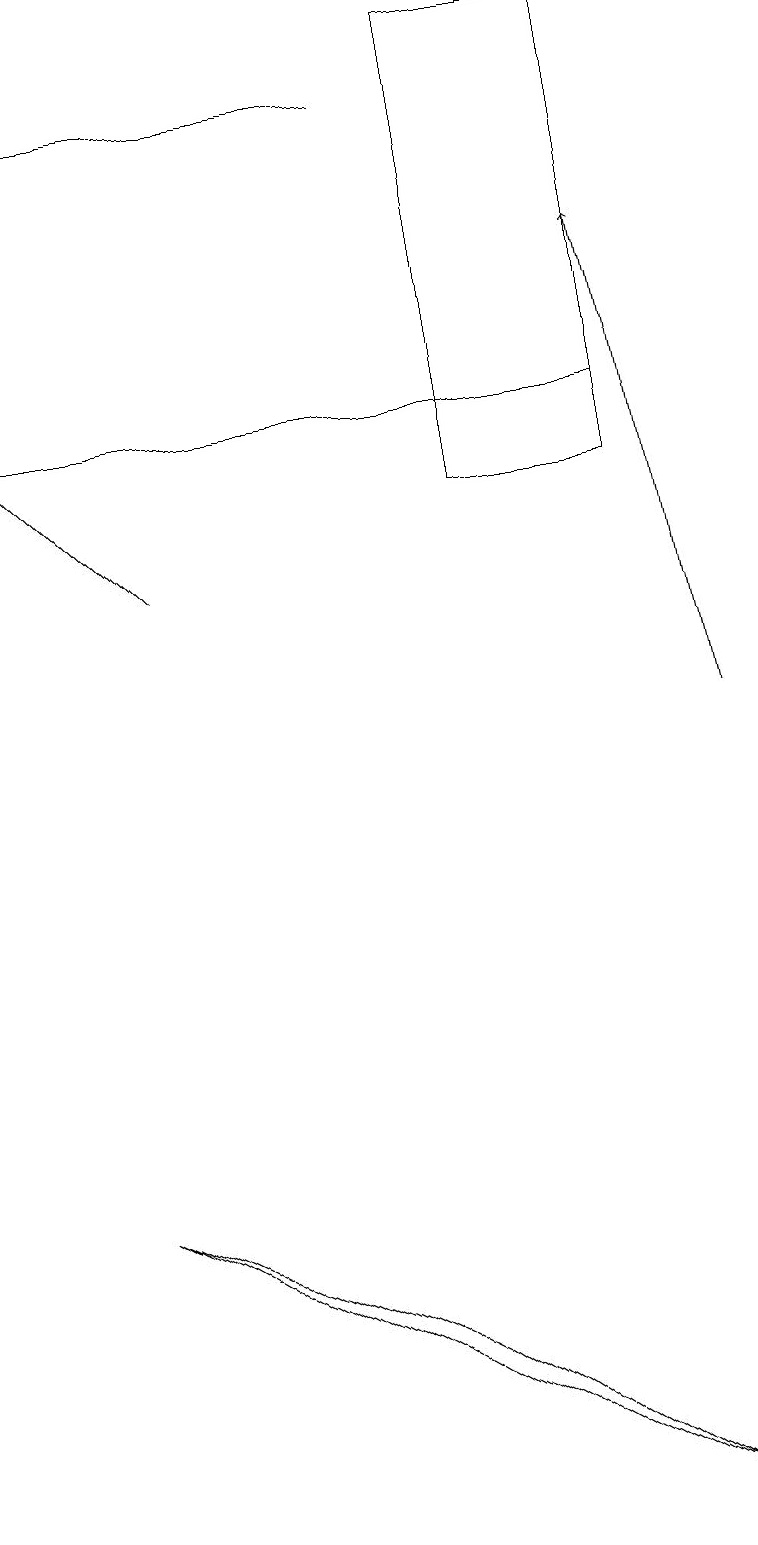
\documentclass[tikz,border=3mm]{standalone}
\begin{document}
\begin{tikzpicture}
\draw (8,14) rectangle (0,14);
\draw (8,0) -- (5,2) -- (1,4) -- cycle;
\draw (6,13) rectangle (8,19);
\draw[->] (9,10) -- (8,16);
\draw[->] (2,12) -- (0,14);
\draw (0,18) rectangle (5,18);
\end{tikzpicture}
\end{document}